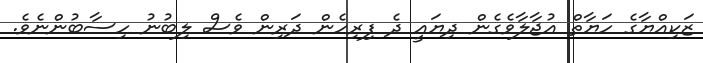
ޒަކިއްޔާގެ ހަޔާތް އުޖާލާވެގެން ދިޔައީ ދެ ފިރިހެން ދަރިން ވެސް ލިބުނު ހިސާބުންނެވެ.